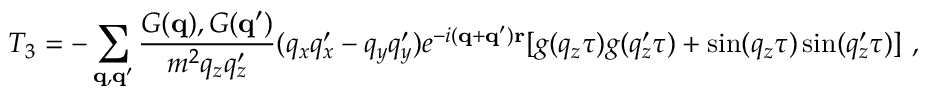
T _ { 3 } = - \sum _ { \bf { q } , \bf { q } ^ { \prime } } \frac { G ( { \bf { q } } ) , G ( { \bf { q } } ^ { \prime } ) } { m ^ { 2 } q _ { z } q _ { z } ^ { \prime } } ( q _ { x } q _ { x } ^ { \prime } - q _ { y } q _ { y } ^ { \prime } ) e ^ { - i ( { \bf { q } } + { \bf { q } } ^ { \prime } ) { \bf { r } } } [ g ( q _ { z } \tau ) g ( q _ { z } ^ { \prime } \tau ) + \sin ( q _ { z } \tau ) \sin ( q _ { z } ^ { \prime } \tau ) ] \mathrm { ~ , }